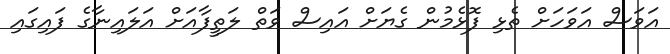
އަވަސް އަވަހަށް ތެޅި ފޮޅެމުން ގެޔަށް އައިސް ވަތް ލަތީފާއަށް އަލައިނާގެ ފައިގައި